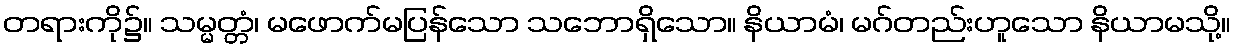
တရားကို၌။ သမ္မတ္တံ၊ မဖောက်မပြန်သော သဘောရှိသော။ နိယာမံ၊ မဂ်တည်းဟူသော နိယာမသို့။